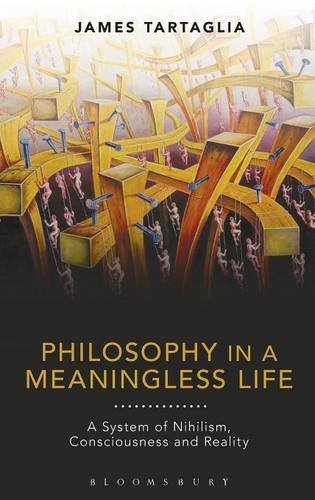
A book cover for Philosophy in a Meaningless Life: A System of Nihilism, Consciousness and Reality; James Tartaglia; Politics & Social Sciences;